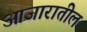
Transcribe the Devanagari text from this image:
आजारातील